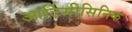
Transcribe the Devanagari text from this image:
आर्टिमीसिनिक